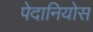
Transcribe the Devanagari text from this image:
पेदानियोस